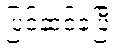
ပြင်ဆင်ခဲ့ပြီး